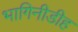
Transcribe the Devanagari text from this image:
भागिनीडीह